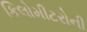
કિલોમીટરોની